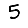
Digit: 5